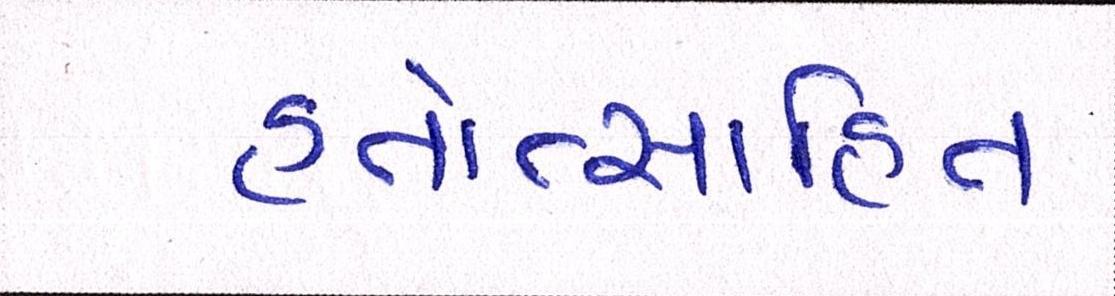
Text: હતોત્સાહિત